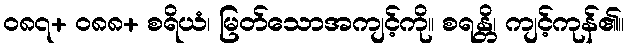
၀၈၇+ ၀၈၈+ စရိယံ၊ မြတ်သောအကျင့်ကို။ စရန္တိ၊ ကျင့်ကုန်၏။